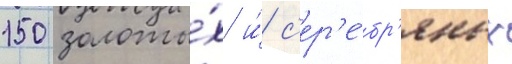
150 золоты́х и́ с'ер'е́бр'яных